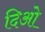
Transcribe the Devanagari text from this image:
दिओ